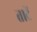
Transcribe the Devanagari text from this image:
ताटें